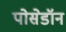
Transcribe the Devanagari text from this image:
पोसेडॉन